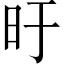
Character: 旴